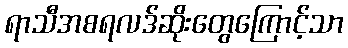
ရာသီအစရလဒ်ဆိုးတွေကြောင့်သာ